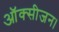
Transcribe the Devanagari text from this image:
ऑक्सीजन।